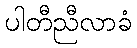
ပါတီညီလာခံ